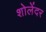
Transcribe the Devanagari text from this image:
शोलेंदर